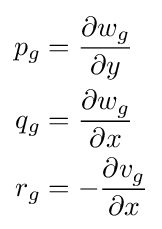
{\begin{aligned}p_{g}&={\frac {\partial w_{g}}{\partial y}}\\q_{g}&={\frac {\partial w_{g}}{\partial x}}\\r_{g}&=-{\frac {\partial v_{g}}{\partial x}}\end{aligned}}